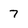
Character: 7